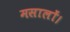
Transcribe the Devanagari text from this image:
मसालों।